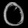
Digit: ၀